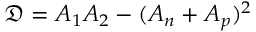
\mathfrak { D } = A _ { 1 } A _ { 2 } - ( A _ { n } + A _ { p } ) ^ { 2 }